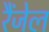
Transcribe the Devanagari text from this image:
रैंजेल